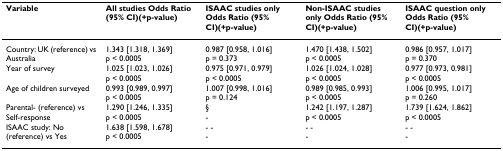
| Variable | All studies Odds Ratio (95% CI)(+p-value) | ISAAC studies only Odds Ratio (95% CI)(+p-value) | Non-ISAAC studies only Odds Ratio (95% CI)(+p-value) | ISAAC question only Odds Ratio (95% CI)(+p-value) |
 | --- | --- | --- | --- | --- |
 | Country: UK (reference) vs Australia | 1.343 [1.318, 1.369]p < 0.0005 | 0.987 [0.958, 1.016]p = 0.373 | 1.470 [1.438, 1.502]p < 0.0005 | 0.986 [0.957, 1.017]p = 0.370 |
 | Year of survey | 1.025 [1.023, 1.026]p < 0.0005 | 0.975 [0.971, 0.979]p < 0.0005 | 1.026 [1.024, 1.028]p < 0.0005 | 0.977 [0.973, 0.981]p < 0.0005 |
 | Age of children surveyed | 0.993 [0.989, 0.997]p < 0.0005 | 1.007 [0.998, 1.016]p = 0.124 | 0.989 [0.985, 0.993]p < 0.0005 | 1.006 [0.995, 1.017]p = 0.260 |
 | Parental- (reference) vs Self-response | 1.290 [1.246, 1.335]p < 0.0005 | §- | 1.242 [1.197, 1.287]p < 0.0005 | 1.739 [1.624, 1.862]p < 0.0005 |
 | ISAAC study: No (reference) vs Yes | 1.638 [1.598, 1.678]p < 0.0005 | - -- | - -- | - -- |